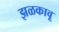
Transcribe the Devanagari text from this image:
झळकावू